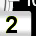
Digit: 2